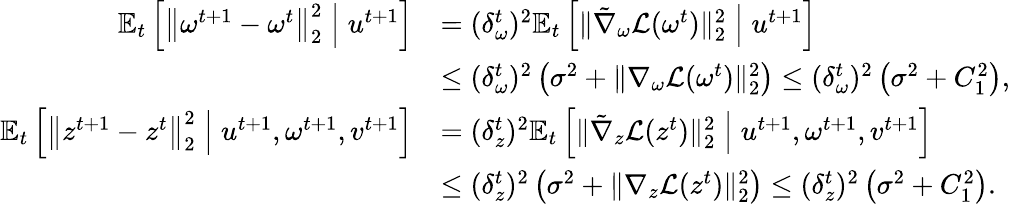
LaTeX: \begin{array}{rl}{\mathbb{E}_{t}\left[\left\| \omega^{t+1}-\omega^{t}\right\| _{2}^{2}\; \middle|\; u^{t+1}\right]}&{=(\delta_{\omega}^{t})^{2}\mathbb{E}_{t}\left[\| \tilde{\nabla}_{\omega}\mathcal{L}(\omega^{t})\| _{2}^{2}\; \middle|\; u^{t+1}\right]}\\ &{\leq(\delta_{\omega}^{t})^{2}\left(\sigma^{2}+\| \nabla_{\omega}\mathcal{L}(\omega^{t})\| _{2}^{2}\right)\leq(\delta_{\omega}^{t})^{2}\left(\sigma^{2}+C_{1}^{2}\right),}\\ {\mathbb{E}_{t}\left[\left\| z^{t+1}-z^{t}\right\| _{2}^{2}\; \middle|\; u^{t+1},\omega^{t+1},v^{t+1}\right]}&{=(\delta_{z}^{t})^{2}\mathbb{E}_{t}\left[\| \tilde{\nabla}_{z}\mathcal{L}(z^{t})\| _{2}^{2}\; \middle|\; u^{t+1},\omega^{t+1},v^{t+1}\right]}\\ &{\leq(\delta_{z}^{t})^{2}\left(\sigma^{2}+\| \nabla_{z}\mathcal{L}(z^{t})\| _{2}^{2}\right)\leq(\delta_{z}^{t})^{2}\left(\sigma^{2}+C_{1}^{2}\right).}\end{array}